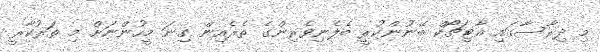
މި ދިރާސާގައި އާޓިޗޯކް ބޭނުންކުރީ ބެލެނިވެރިންގެ ތެރެއިން ގިނަ މީހުންނަށްް މި ތަރުކާރީ